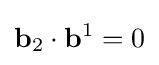
\mathbf {b} _{2}\cdot \mathbf {b} ^{1}=0